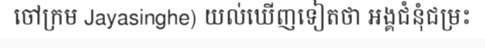
ចៅក្រម Jayasinghe) យល់ឃើញទៀតថា អង្គជំនុំជម្រះ